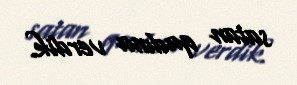
satan qadına verdik.